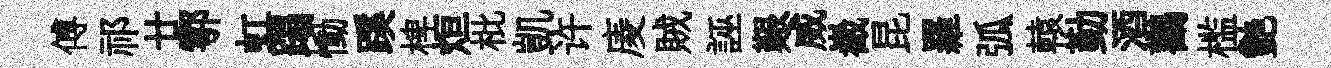
傅祁廿鄠虹蹋慟蹊椑烜枇凱许庱賊誣艱威嶻昆羅弧轅勤酒鸛槛艷